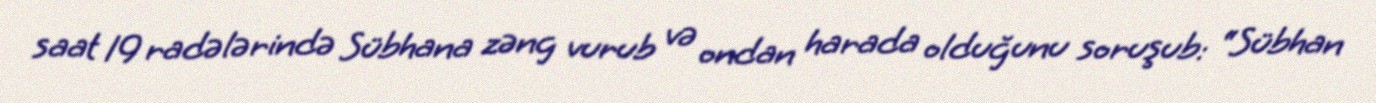
saat 19 radələrində Sübhana zəng vurub və ondan harada olduğunu soruşub: “Sübhan